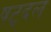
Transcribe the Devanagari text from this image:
षट्दल